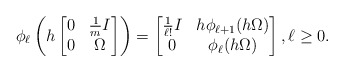
\begin{align*} \phi_\ell\left( h \begin{bmatrix} 0 & \frac{1}{m} I \\ 0 & \Omega \end{bmatrix} \right)= \begin{bmatrix} \tfrac{1}{\ell!}I & h \phi_{\ell + 1} ( h \Omega ) \\ 0 & \phi_\ell(h\Omega) \end{bmatrix},\ell\ge 0.\end{align*}